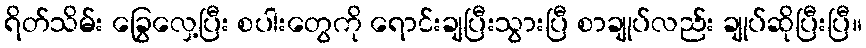
ရိတ်သိမ်း ခြွေလှေ့ပြီး စပါးတွေကို ရောင်းချပြီးသွားပြီ စာချုပ်လည်း ချုပ်ဆိုပြီးပြီ။